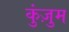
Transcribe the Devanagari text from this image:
कुंज़ुम